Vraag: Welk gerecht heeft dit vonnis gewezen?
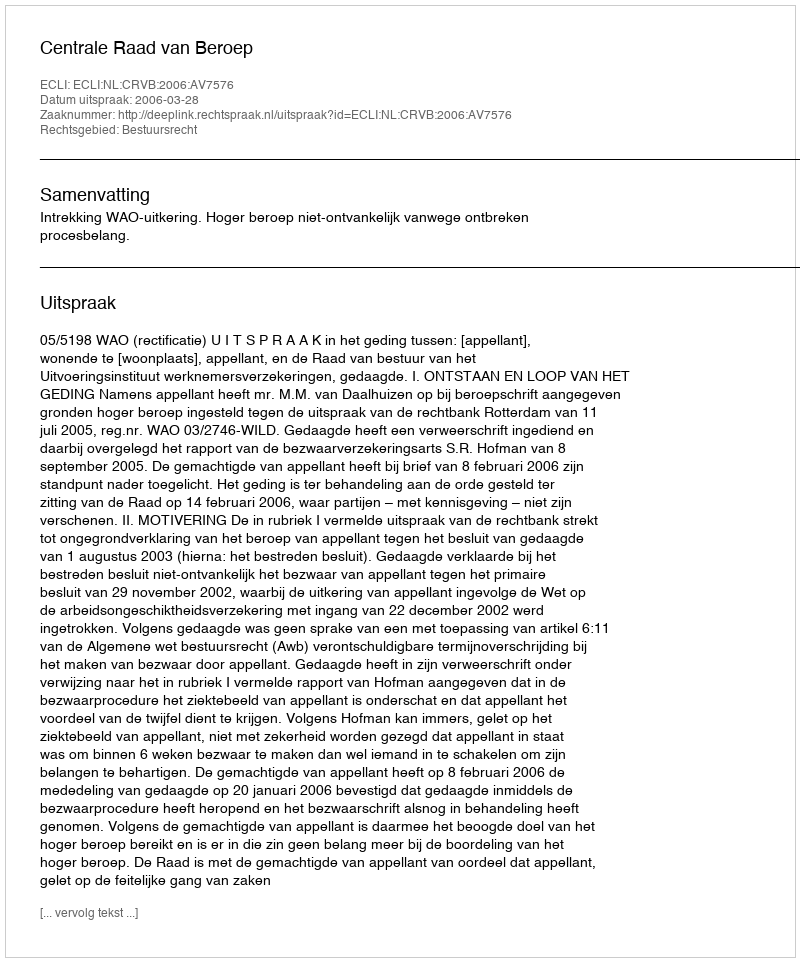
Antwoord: Centrale Raad van Beroep